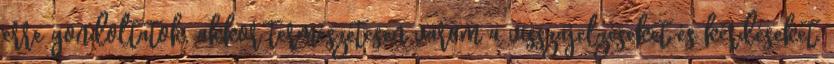
erre gondoltatok, akkor természetesen várom a visszajelzéseket és kérdéseket.